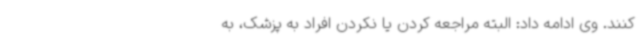
کنند. وی ادامه داد: البته مراجعه کردن یا نکردن افراد به پزشک، به